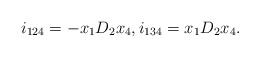
\begin{align*}i_{124}=-x_1D_2x_4, i_{134}=x_1D_2x_4.\end{align*}